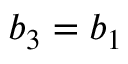
b _ { 3 } = b _ { 1 }